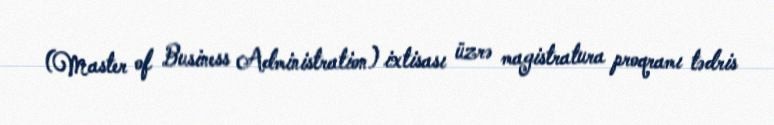
(Master of Business Administration) ixtisası üzrə magistratura proqramı tədris